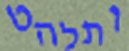
ותלהט